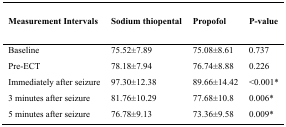
<table><thead><tr><td><b>Measurement Intervals</b></td><td><b>Sodium thiopental</b></td><td><b>Propofol</b></td><td><b>P-value</b></td></tr></thead><tbody><tr><td>Baseline</td><td>75.52±7.89</td><td>75.08±8.61</td><td>0.737</td></tr><tr><td>Pre-ECT</td><td>78.18±7.94</td><td>76.74±8.88</td><td>0.226</td></tr><tr><td>Immediately after seizure</td><td>97.30±12.38</td><td>89.66±14.42</td><td>&lt;0.001*</td></tr><tr><td>3 minutes after seizure</td><td>81.76±10.29</td><td>77.68±10.8</td><td>0.006*</td></tr><tr><td>5 minutes after seizure</td><td>76.78±9.13</td><td>73.36±9.58</td><td>0.009*</td></tr></tbody></table>